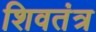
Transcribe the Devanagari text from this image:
शिवतंत्र